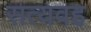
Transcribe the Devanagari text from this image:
सत्यवह